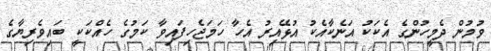
ވުމުން ދެމީހުންގެ އެކަކު އަނެކާއެކު އުޅޭއިރު އެހާ ހަމަޖެހިފައިވާ ކަމުގެ ހެއްކަކީ ބައިވެރިޔާގެ